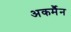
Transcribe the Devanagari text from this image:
अकर्मैन